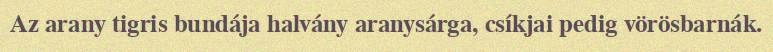
Az arany tigris bundája halvány aranysárga, csíkjai pedig vörösbarnák.